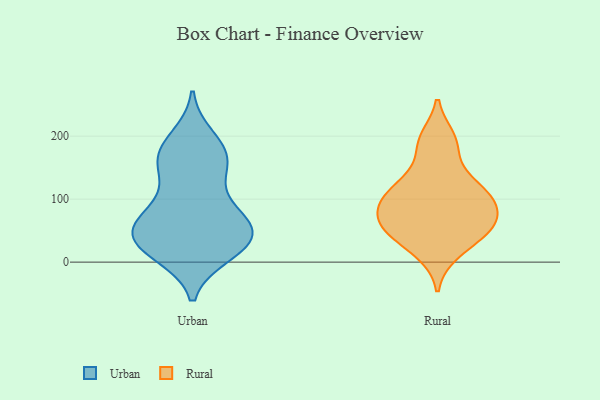
{"axis": {"x": "Revenue (USD Million)", "y": "Value"}, "legend": ["Rural", "Urban"], "data": [{"x": "", "y": 34, "type": "Urban"}, {"x": "", "y": 35, "type": "Urban"}, {"x": "", "y": 74, "type": "Urban"}, {"x": "", "y": 161, "type": "Urban"}, {"x": "", "y": 171, "type": "Urban"}, {"x": "", "y": 115, "type": "Urban"}, {"x": "", "y": 158, "type": "Urban"}, {"x": "", "y": 74, "type": "Urban"}, {"x": "", "y": 197, "type": "Urban"}, {"x": "", "y": 40, "type": "Urban"}, {"x": "", "y": 183, "type": "Urban"}, {"x": "", "y": 13, "type": "Urban"}, {"x": "", "y": 150, "type": "Urban"}, {"x": "", "y": 22, "type": "Urban"}, {"x": "", "y": 14, "type": "Urban"}, {"x": "", "y": 41, "type": "Urban"}, {"x": "", "y": 51, "type": "Urban"}, {"x": "", "y": 70, "type": "Urban"}, {"x": "", "y": 66, "type": "Urban"}, {"x": "", "y": 117, "type": "Rural"}, {"x": "", "y": 43, "type": "Rural"}, {"x": "", "y": 66, "type": "Rural"}, {"x": "", "y": 47, "type": "Rural"}, {"x": "", "y": 59, "type": "Rural"}, {"x": "", "y": 97, "type": "Rural"}, {"x": "", "y": 105, "type": "Rural"}, {"x": "", "y": 185, "type": "Rural"}, {"x": "", "y": 196, "type": "Rural"}, {"x": "", "y": 97, "type": "Rural"}, {"x": "", "y": 70, "type": "Rural"}, {"x": "", "y": 15, "type": "Rural"}, {"x": "", "y": 134, "type": "Rural"}]}